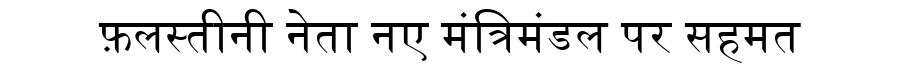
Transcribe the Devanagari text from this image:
फ़लस्तीनी नेता नए मंत्रिमंडल पर सहमत